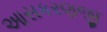
આસકરણજી